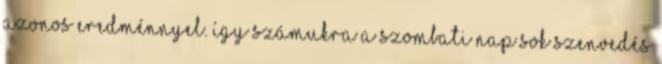
azonos eredménnyel. Így számukra a szombati nap sok szenvedés